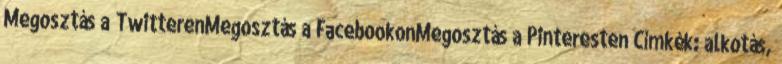
Megosztás a TwitterenMegosztás a FacebookonMegosztás a Pinteresten Címkék: alkotás,